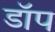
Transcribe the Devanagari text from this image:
डॉप